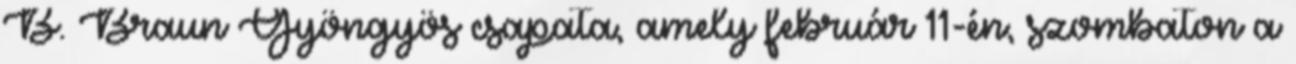
B. Braun Gyöngyös csapata, amely február 11-én, szombaton a